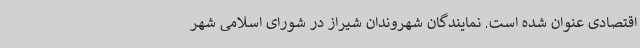
اقتصادی عنوان شده است. نمایندگان شهروندان شیراز در شورای اسلامی شهر